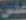
على